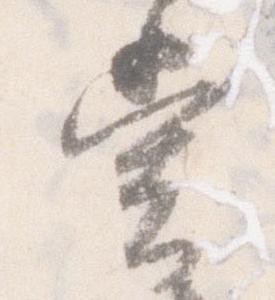
堂